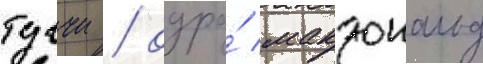
туччи / одра́ макдональд